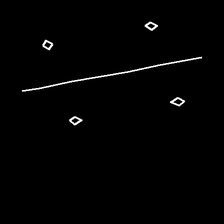
Glyph: cool